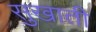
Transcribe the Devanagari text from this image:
सुखाती